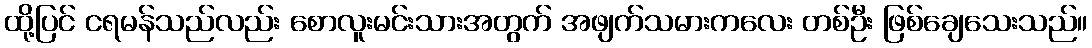
ထို့ပြင် ငရမန်သည်လည်း စောလူးမင်းသားအတွက် အဖျက်သမားကလေး တစ်ဦး ဖြစ်ချေသေးသည်။